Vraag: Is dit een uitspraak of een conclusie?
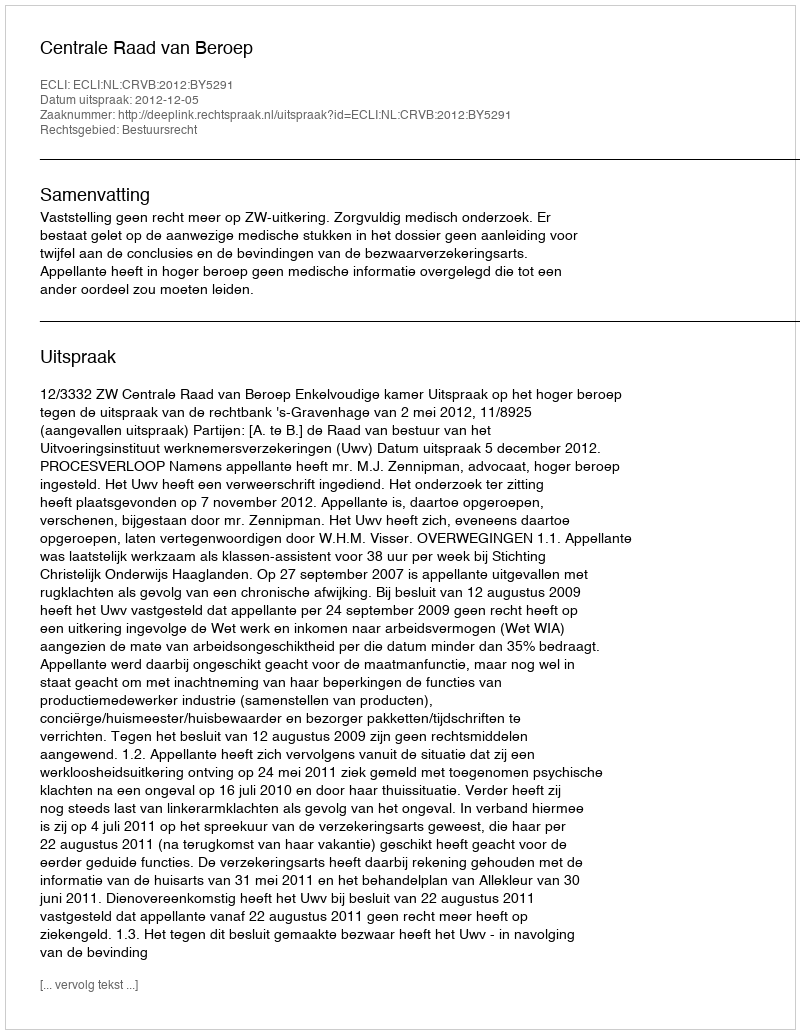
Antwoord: Uitspraak